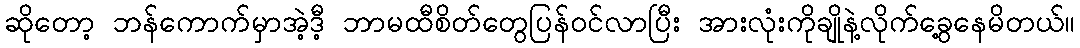
ဆိုတော့ ဘန်ကောက်မှာအဲ့ဒီ့ ဘာမထီစိတ်တွေပြန်ဝင်လာပြီး အားလုံးကိုချိုနဲ့လိုက်ခွေ့နေမိတယ်။